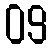
09